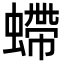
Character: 螮